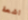
اشعة